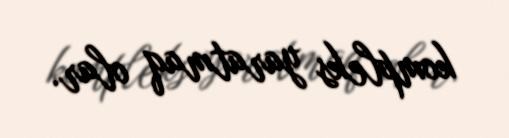
kompleks yaratmaq olar.